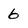
Character: 6